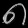
Digit: ၈